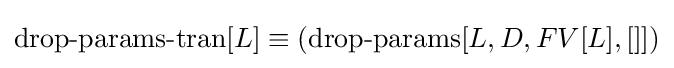
\operatorname {drop-params-tran} [L]\equiv (\operatorname {drop-params} [L,D,FV[L],[]])